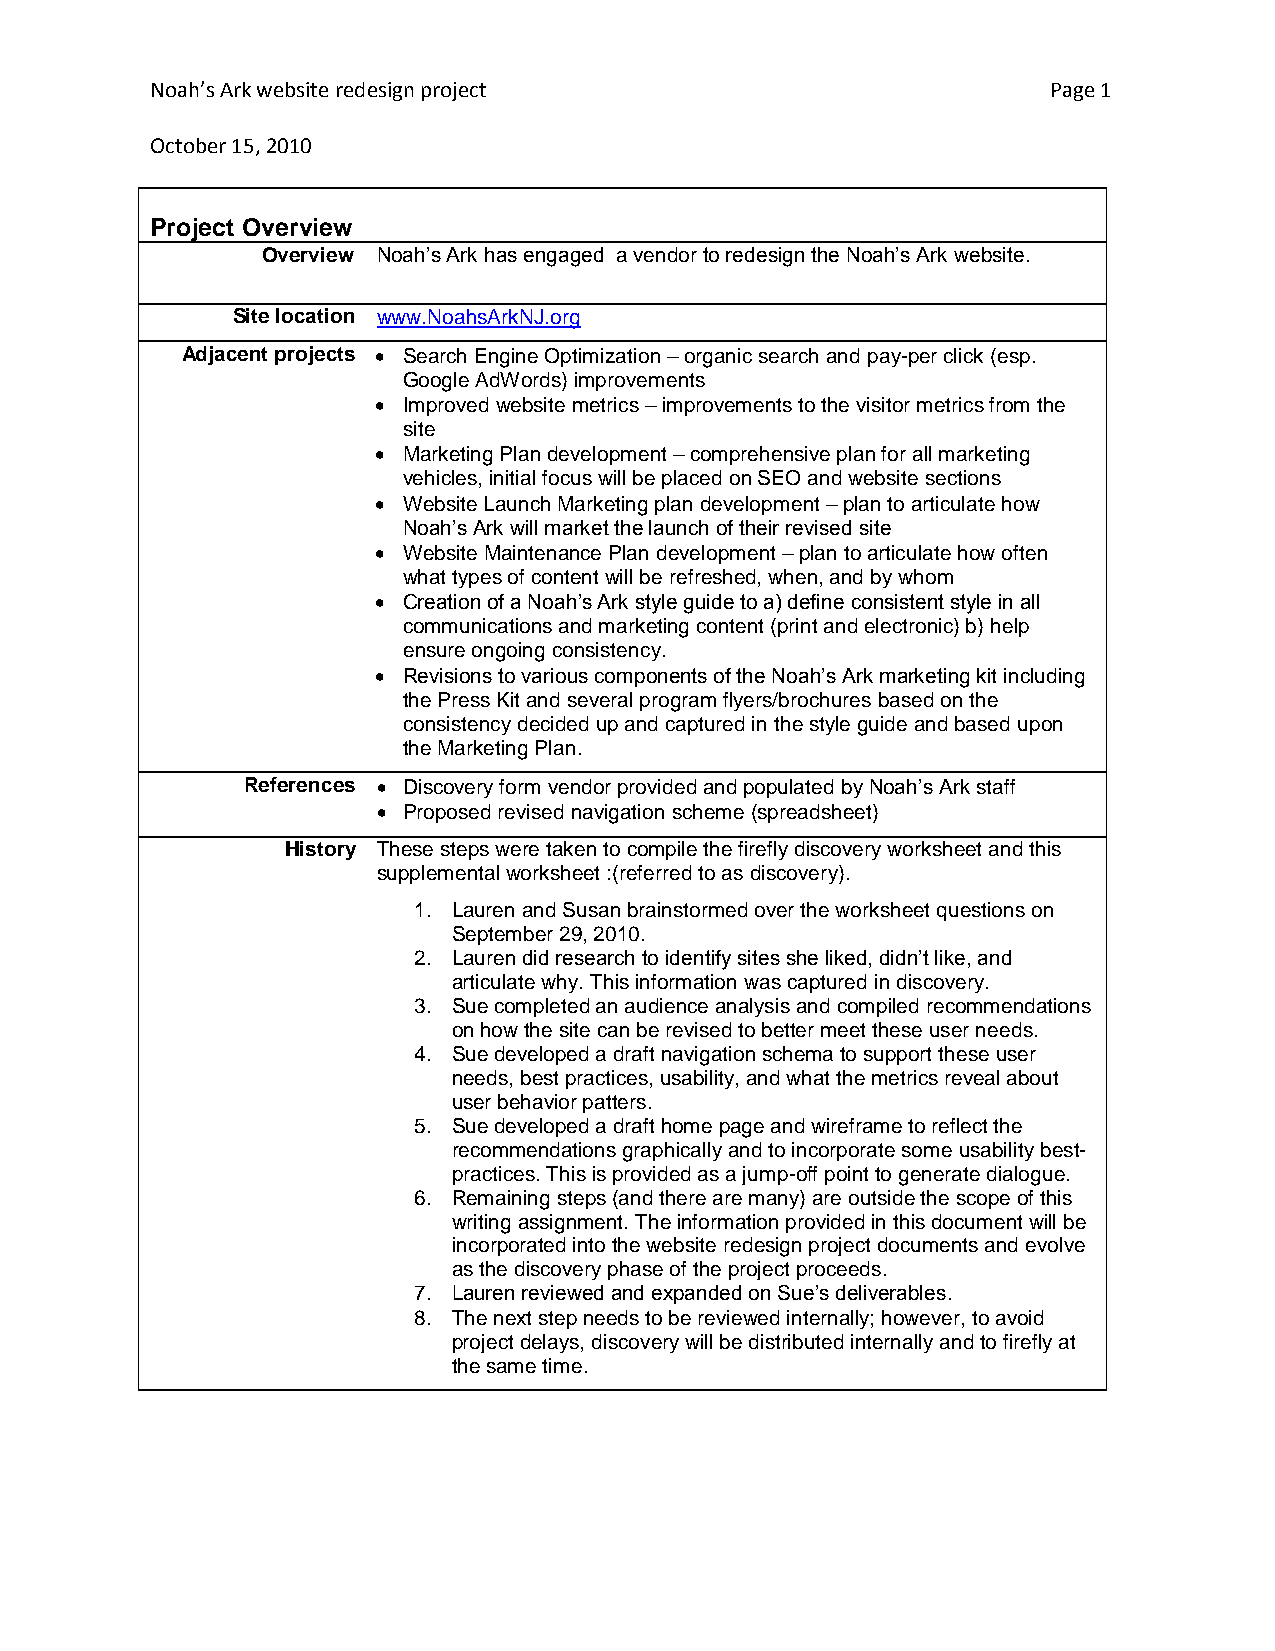
Noah’s Ark website redesign project                         Page 1
 October 15, 2010
 Project Overview
 Overview Noah’s Ark has engaged a vendor to redesign the Noah’s Ark website.
 Site location www.NoahsArkNJ.org
 Adjacent projects  Search Engine Optimization – organic search and pay-per click (esp.
 Google AdWords) improvements
  Improved website metrics – improvements to the visitor metrics from the
 site
  Marketing Plan development – comprehensive plan for all marketing
 vehicles, initial focus will be placed on SEO and website sections
  Website Launch Marketing plan development – plan to articulate how
 Noah’s Ark will market the launch of their revised site
  Website Maintenance Plan development – plan to articulate how often
 what types of content will be refreshed, when, and by whom
  Creation of a Noah’s Ark style guide to a) define consistent style in all
 communications and marketing content (print and electronic) b) help
 ensure ongoing consistency.
  Revisions to various components of the Noah’s Ark marketing kit including
 the Press Kit and several program flyers/brochures based on the
 consistency decided up and captured in the style guide and based upon
 the Marketing Plan.
 References  Discovery form vendor provided and populated by Noah’s Ark staff
  Proposed revised navigation scheme (spreadsheet)
 History These steps were taken to compile the firefly discovery worksheet and this
 supplemental worksheet :(referred to as discovery).
 1. Lauren and Susan brainstormed over the worksheet questions on
 September 29, 2010.
 2. Lauren did research to identify sites she liked, didn’t like, and
 articulate why. This information was captured in discovery.
 3. Sue completed an audience analysis and compiled recommendations
 on how the site can be revised to better meet these user needs.
 4. Sue developed a draft navigation schema to support these user
 needs, best practices, usability, and what the metrics reveal about
 user behavior patters.
 5. Sue developed a draft home page and wireframe to reflect the
 recommendations graphically and to incorporate some usability best-
 practices. This is provided as a jump-off point to generate dialogue.
 6. Remaining steps (and there are many) are outside the scope of this
 writing assignment. The information provided in this document will be
 incorporated into the website redesign project documents and evolve
 as the discovery phase of the project proceeds.
 7. Lauren reviewed and expanded on Sue’s deliverables.
 8. The next step needs to be reviewed internally; however, to avoid
 project delays, discovery will be distributed internally and to firefly at
 the same time.